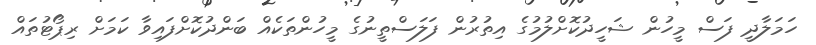
ހަމަލާދީ ފަސް މީހުން ޝަހީދުކޮށްލުމުގެ އިތުރުން ފަލަސްތީނުގެ މީހުންތަކެއް ބަންދުކޮށްފައިވާ ކަމަށް ރިޕޯޓުތައް